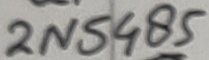
Text: 2N5485